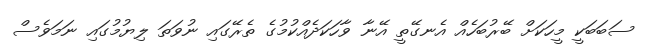
ސަބަބަކީ މީހަކަށް ބޭރުބަހެއް އެނގޭތީ އޭނާ ވާހަކަދެއްކުމުގެ ތެރޭގައި ނުވަތަ ލިޔުމުގައި ނަމަވެސް